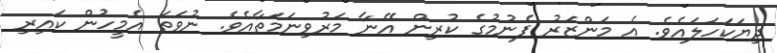
ދިޔަކަހަލައެވެ. އެ މަންޒަރު ފެނުމުގެ ކުރިން އޭނާ މަރުވިނަމަތާއެވެ. ނުވަތަ އެމީހުން ކައިރި